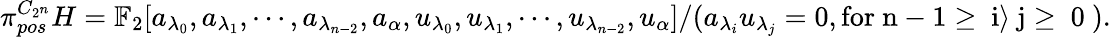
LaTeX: \pi_{pos}^{C_{2^{n}}}H=\mathbb{F}_{2}[a_{\lambda_{0}},a_{\lambda_{1}},\cdots,a_{\lambda_{n-2}},a_{\alpha},u_{\lambda_{0}},u_{\lambda_{1}},\cdots,u_{\lambda_{n-2}},u_{\alpha}]/(a_{\lambda_{i}}u_{\lambda_{j}}=0,\mathrm{for~n-1\geq~i\rangle~j\geq~0~}).